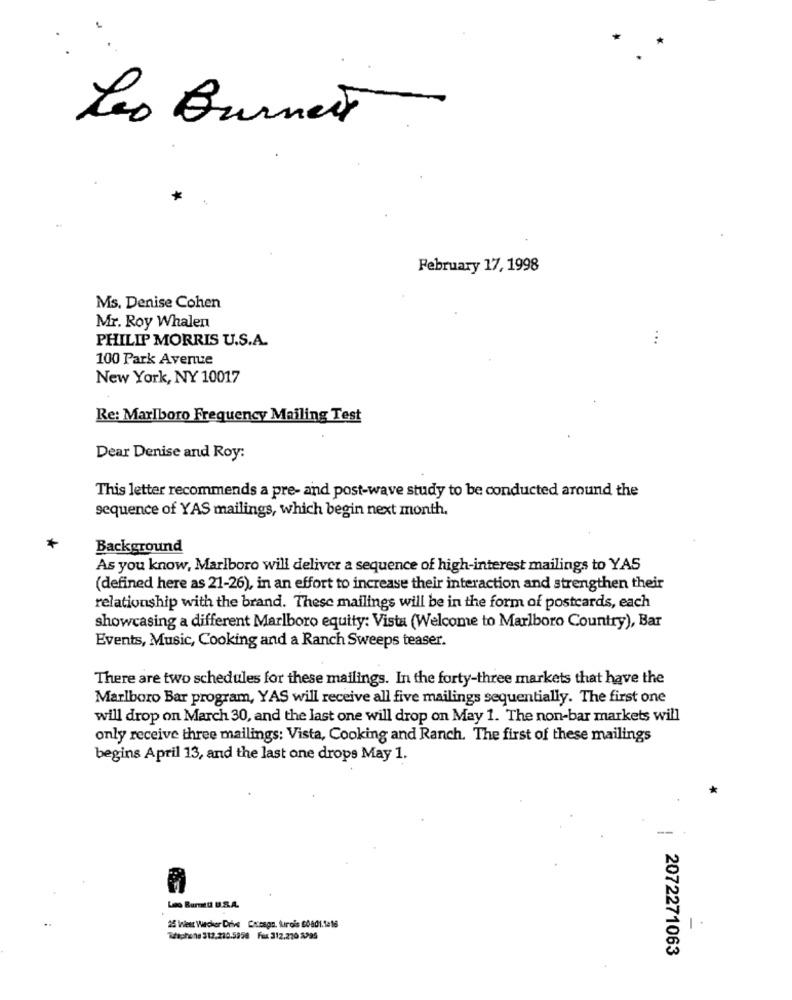
Leo Burnett
February 17, 1998
Ms. Denise Cohen
Mr. Roy Whalen
PHILIP MORRIS U.S.A.
...
100 Park Avenue
New York, NY 10017
Re: Marlboro Frequency Mailing Test
Dear Denise and Roy:
This letter recommends a pre- and post-wave study to be conducted around the
sequence of YAS mailings, which begin next month,
*
Background
As you know, Marlboro will deliver a sequence of high-interest mailings to YAS
(defined here as 21-26), in an effort to increase their interaction and strengthen their
relationship with the brand. These mailings will be in the form of postcards, each
showcasing a different Marlboro equity: Vista (Welcome to Marlboro Country), Bar
Events, Music, Cooking and a Ranch Sweeps teaser.
There are two schedules for these mailings. In the forty-three markets that have the
Marlboro Bar program, YAS will receive all five mailings sequentially. The first one
will drop on March 30, and the last one will drop on May 1. The non-bar markets will
only receive three mailings: Vista, Cooking and Ranch. The first of these mailings
begins April 13, and the last one drops May 1.
Leo Burmttl B.S.A.
25 West Wiecher Drive Coresgs, turpis 80801.1e16
Titphone 312.210.5858 Fux 312.220 2295
2072271063